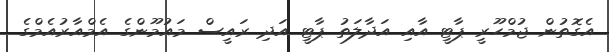
އެގޮތުން ޖުމްހޫރީ ޕާޓީ އާއި އަދާލަތު ޕާޓީ އަދި ރައީސް މައުމޫންގެ އެމްއާރުއެމްގެ